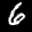
Label: 6